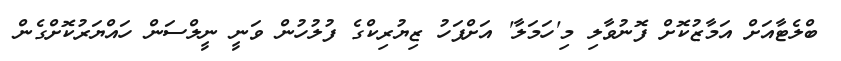
ބްލެޓާއަށް އަމާޒުކޮށް ފޮނުވާލި މި'ހަމަލާ' އަށްފަހު ޒިޔުރިކްގެ ފުލުހުން ވަނީ ނީލްސަން ހައްޔަރުކޮށްގެން